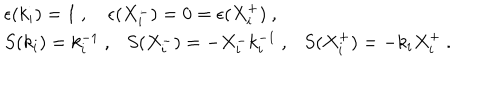
\begin{array} { l } { { \epsilon ( k _ { i } ) = 1 ~ , ~ \epsilon ( X _ { i } ^ { - } ) = 0 = \epsilon ( X _ { i } ^ { + } ) ~ , } } \\ { { S ( k _ { i } ) = k _ { i } ^ { - 1 } ~ , S ( X _ { i } ^ { - } ) = - X _ { i } ^ { - } k _ { i } ^ { - 1 } ~ , S ( X _ { i } ^ { + } ) = - k _ { i } X _ { i } ^ { + } ~ . } } \\ \end{array}